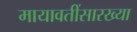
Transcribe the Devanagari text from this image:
मायावतींसारख्या